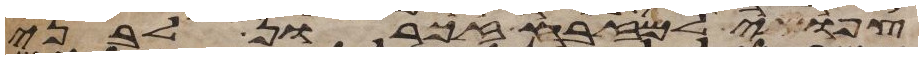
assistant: צפואי למזבח זכרון לבני